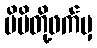
မိမိတို့ဖက်မှ